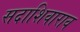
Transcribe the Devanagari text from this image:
सदाशिवाराव